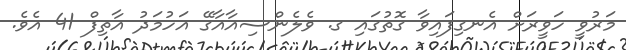
މަރުވީ ހަވީރަށް އެނގިފައިވާ ގޮތުގައި ގ. ވެލެންސިއާއާގޭ އަހުމަދު އާތިފް 41 އެވެ.